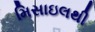
મિસાઇલથી